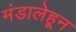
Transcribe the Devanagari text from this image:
मंडालेहून